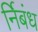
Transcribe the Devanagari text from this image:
र्निबंध